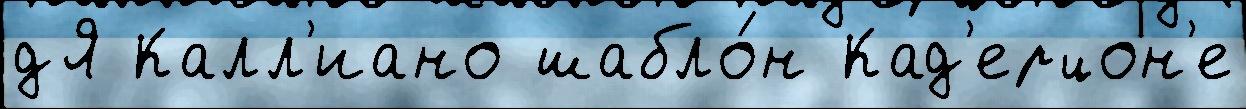
дЯ Калл'иано шабло́н Кад'ерцон'е